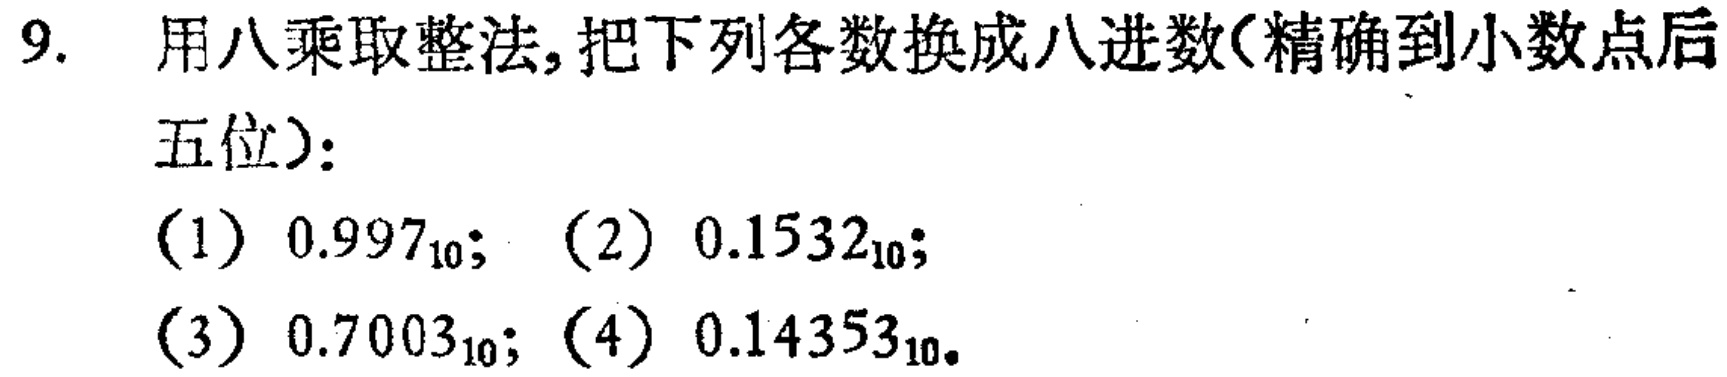
9. 用八乘取整法,把下列各数换成八进数(精确到小数点后五位)：

(1) \(0.997_{10}\); (2) \(0.1532_{10}\);

(3) \(0.7003_{10}\); (4) \(0.14353_{10}\).